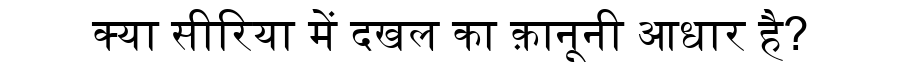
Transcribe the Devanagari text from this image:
क्या सीरिया में दखल का क़ानूनी आधार है?